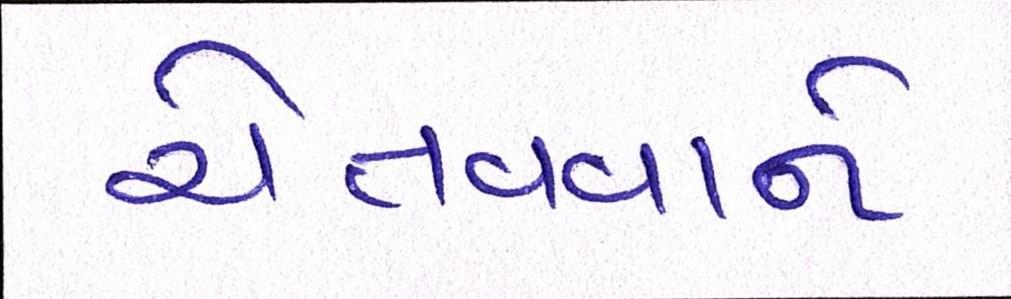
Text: ચેતવવાને